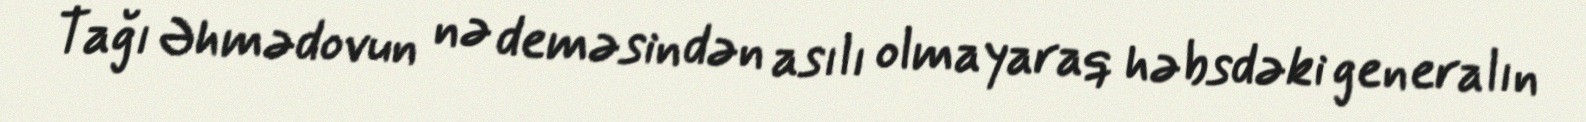
Tağı Əhmədovun nə deməsindən asılı olmayaraq həbsdəki generalın